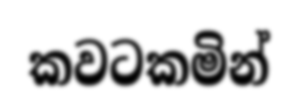
කවටකමින්